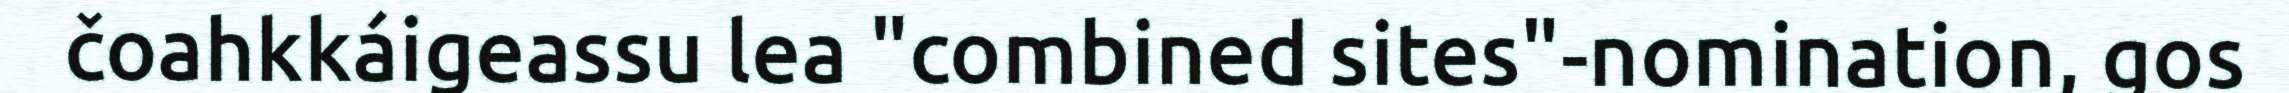
čoahkkáigeassu lea "combined sites"-nomination, gos